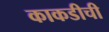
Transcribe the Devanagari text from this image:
काकडीची